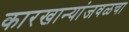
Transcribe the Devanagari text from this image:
कारखान्यांजवळचा